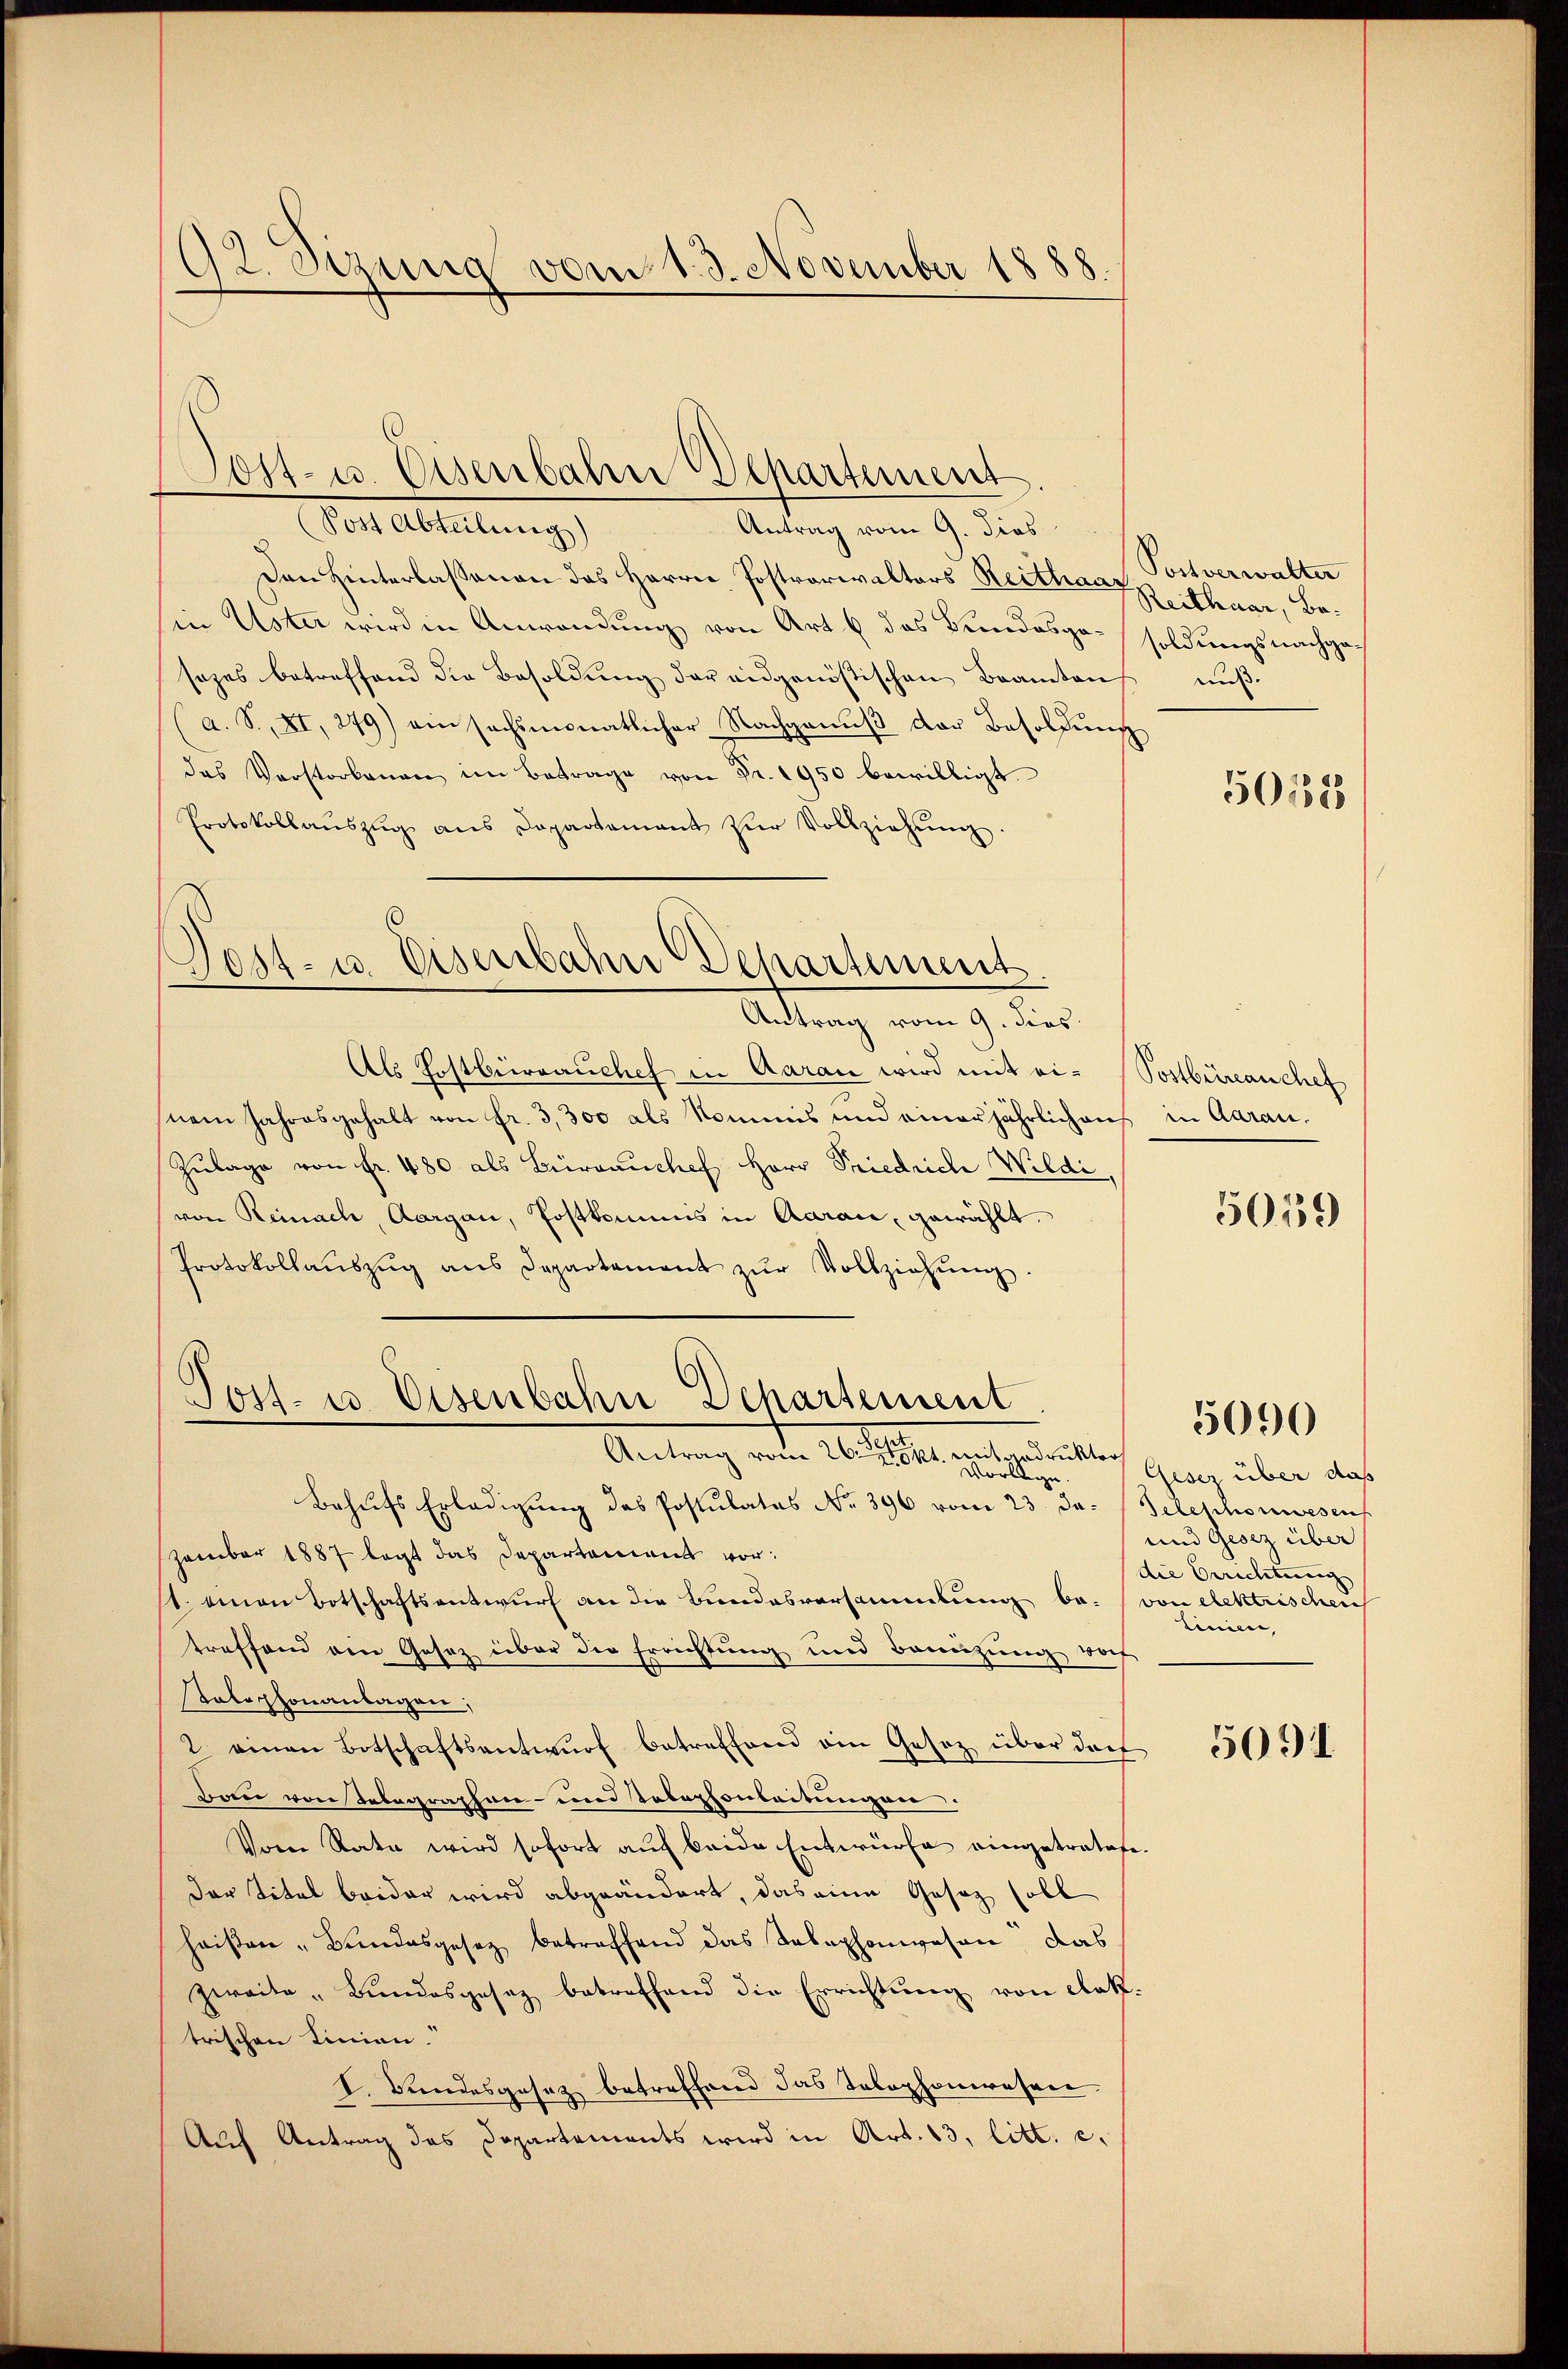
92. Sizung vom 1. 3. November 1888.

Der Abteilung
Antrag vom 9. dies
Den Hinterlassenen das Herrn Postrarialtors Reithaar Postverwalter
in Uster wird in Anwendung von Art 6 das Bundesgesezes betreffend die Besoldŭng der eidgenößischen Beamten muß.
a. S. XI, 279) ein sechsmonatlicher Nachgenŭβ der Besoldung
das Verstorbenen im Betrage von Fr. 1950 bewilligt.
Protokollaŭszŭg ans Departement zŭr Vollziehŭng.
ost- u. Eisenbahn Departement

Jost- u. Eisenbahn Departement

Antrag vom 9. dies
Als Postbrivranchef in Aarau wird mit ei-Sostbüreauche
nem Jahresgehalt von fr. 3,300 als Nommis und einer jährlichens in Aarau-
Zŭlage von Fr. 480 als Birvanchef Herr Priedrich Wildi,
von Reinach, Aargau, Postkamens in Aarau, gewählt.
Protokollaŭszŭg ans Departement zŭr Vollziehŭng.
Vorlage.
Behufs Erledigung des Postulates No 396 vom 23. Ja. Telephonwesen
zember 1887 legt das Departement vor:
11. Man Botschaftsantwurf an die Bundesversammlung be- von elektrischen
treffend am Gasaz über die Errichtung und Bannzung vorh
Telephonanlagen;
2 einen Botschaftsantwŭrf betreffend ein Gesetz über dorf
Bau von Inbegraphen- und Telephonleitungen.
Vom Rate wird sofort auf beide Entwürfe eingetratofe¬
Der Titel beider wird abgeändert, das eine Gesetz soll
heißen „Bundesgesetz betreffend das Telephonwesen das
zweite „Bundesgesez betreffend die Errichtung von Aak.
trischen Linien.
I. Bundesgesez betreffend das Telephonwesen.
Auf Antrag das Departements wird in Art. 13, litt. c.

Jost- u. Eisenbahn Departement
Antrag vom 20. Aber unter mitten

Reithaar, Besoldungsnachge¬

5018

5059

5090

Geser über das
und Gesez über
die Berichtung
Linien,

5091